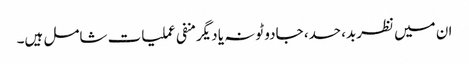
ان میں نظربد، حسد، جادو ٹونہ یا دیگرمنفی عملیات شامل ہیں۔